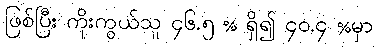
ဖြစ်ပြီး ကိုးကွယ်သူ ၄၆.၅ % ရှိ၍ ၄၀.၄ %မှာ